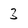
Character: 3